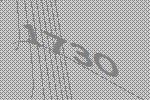
1730